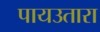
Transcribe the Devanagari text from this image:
पायउतारा